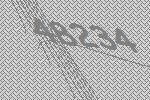
48234